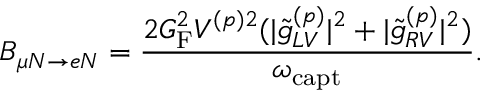
B _ { \mu N \to e N } = \frac { 2 G _ { \mathrm { F } } ^ { 2 } V ^ { ( p ) 2 } ( | \tilde { g } _ { L V } ^ { ( p ) } | ^ { 2 } + | \tilde { g } _ { R V } ^ { ( p ) } | ^ { 2 } ) } { \omega _ { \mathrm { c a p t } } } .